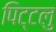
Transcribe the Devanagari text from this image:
पिट्टलु